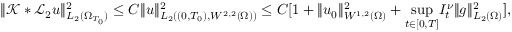
\| \mathcal { K } * \mathcal { L } _ { 2 } u \| _ { L _ { 2 } ( \Omega _ { T _ { 0 } } ) } ^ { 2 } \leq C \| u \| _ { L _ { 2 } ( ( 0 , T _ { 0 } ) , W ^ { 2 , 2 } ( \Omega ) ) } ^ { 2 } \leq C [ 1 + \| u _ { 0 } \| _ { W ^ { 1 , 2 } ( \Omega ) } ^ { 2 } + \underset { t \in [ 0 , T ] } { \operatorname* { s u p } } I _ { t } ^ { \nu } \| g \| _ { L _ { 2 } ( \Omega ) } ^ { 2 } ] ,